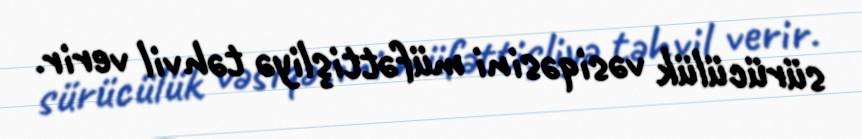
sürücülük vəsiqəsini müfəttişliyə təhvil verir.